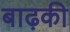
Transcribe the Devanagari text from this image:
बाढ़की